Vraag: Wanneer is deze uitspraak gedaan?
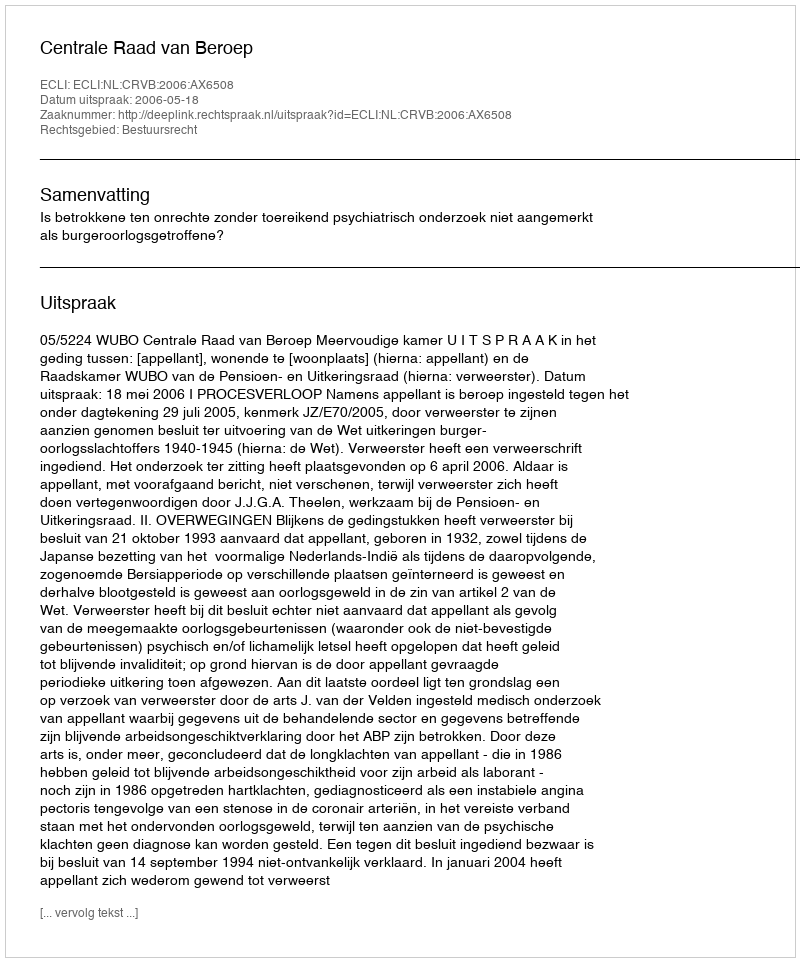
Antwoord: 2006-05-18